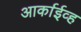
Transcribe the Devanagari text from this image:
आर्काईव्ह